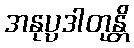
အနုပ္ပဒါတုန္တိ